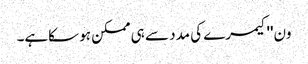
ون''کیمرے کی مدد سے ہی ممکن ہو سکاہے۔